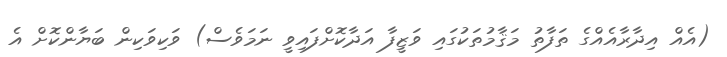
(އެއް އިދާރާއެއްގެ ތަފާތު މަޤާމުތަކުގައި ވަޒީފާ އަދާކޮށްފައިވީ ނަމަވެސް) ވަކިވަކިން ބަޔާންކޮށް އެ